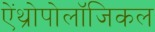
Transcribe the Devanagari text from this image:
ऐंथ्रोपोलॉजिकल